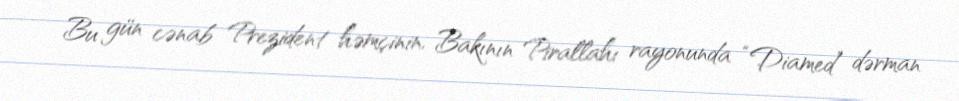
Bu gün cənab Prezident həmçinin, Bakının Pirallahı rayonunda “Diamed” dərman